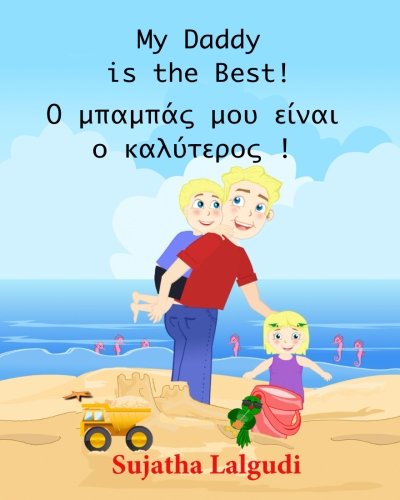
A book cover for My Daddy is the best: Greek Kids book. (Bilingual Edition) English Greek Picture book for Children. Childrens Greek book (Greek Edition) (Bilingual Greek books for children) (Volume 7); Sujatha Lalgudi; Children's Books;